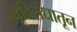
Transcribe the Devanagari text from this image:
ज्यूविरोधातून